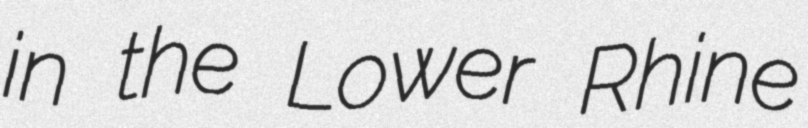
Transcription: in the Lower Rhine